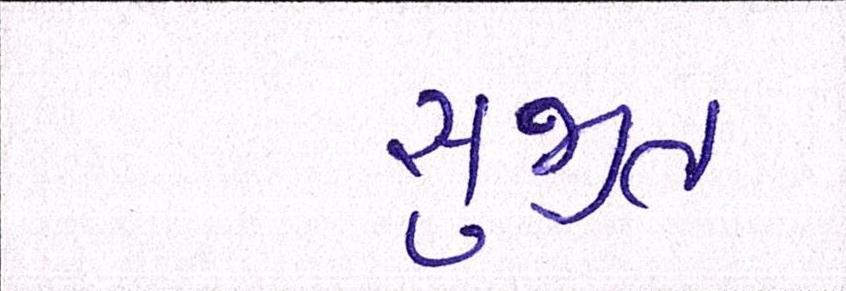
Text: સુજીત